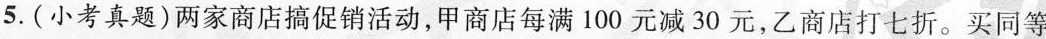
5.(小考真题)两家商店搞促销活动，甲商店每满100元减30元，乙商店打七折。买同等